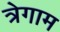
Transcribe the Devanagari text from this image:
त्रेगाम